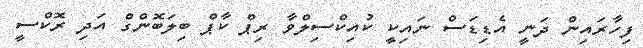
ފިހާރައިން ދަނީ އެޑިޑަސް ނައިކީ ކުއިކްސިލްވާ ރިޕް ކާޕް ބިލަބޮންގް އަދި ރޮކްސީ